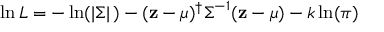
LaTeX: \ln L = - \ln ( | { \boldsymbol { \Sigma } } | \, ) - ( \mathbf { z } - { \boldsymbol { \mu } } ) ^ { \dagger } { \boldsymbol { \Sigma } } ^ { - 1 } ( \mathbf { z } - { \boldsymbol { \mu } } ) - k \ln ( \pi )